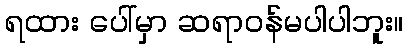
ရထား ပေါ်မှာ ဆရာဝန်မပါပါဘူး။